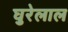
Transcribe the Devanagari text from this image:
घुरेलाल